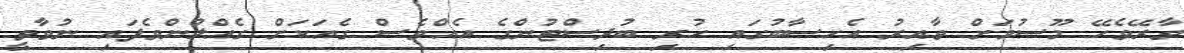
ވާރޭވެހޭ މޫސުމަށް ވާއިރު އެހިސާބުގައި ހުރި ބުދިސްޓުންގެ އެއްވެސް ގެއަކަށް ގެއްލުންވެފައި ނުވާތީ